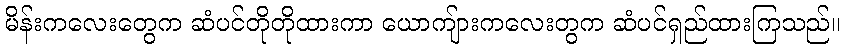
မိန်းကလေးတွေက ဆံပင်တိုတိုထားကာ ယောကျ်ားကလေးတွက ဆံပင်ရှည်ထားကြသည်။